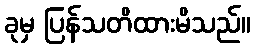
ခုမှ ပြန်သတိထားမိသည်။